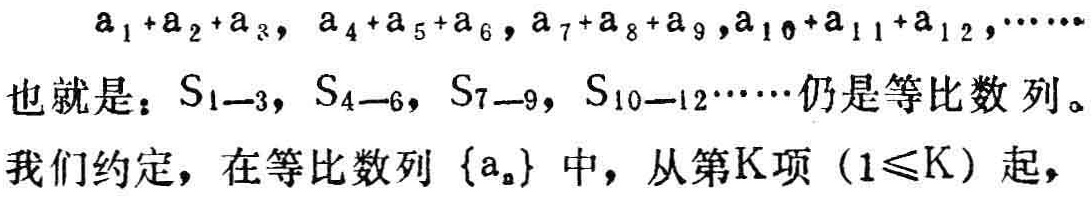
\(a_{1}+a_{2}+a_{3},\ a_{4}+a_{5}+a_{6},\ a_{7}+a_{8}+a_{9},a_{10}+a_{11}+a_{12},\cdots\cdots\)
也就是：\(S_{1 - 3},\ S_{4 - 6},\ S_{7 - 9},\ S_{10 - 12}\cdots\cdots\)仍是等比数列。
我们约定，在等比数列\(\{a_{n}\}\)中，从第\(K\)项\((1\leqslant K)\)起，